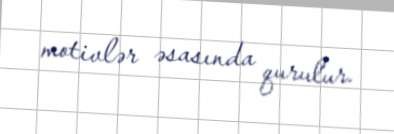
motivlər əsasında qurulur.